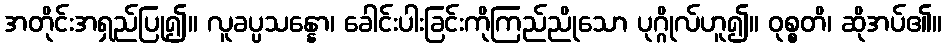
အတိုင်းအရှည်ပြု၍။ လူခပ္ပသန္နော၊ ခေါင်းပါးခြင်းကိုကြည်ညိုသော ပုဂ္ဂိုလ်ဟူ၍။ ဝုစ္စတိ၊ ဆိုအပ်၏။